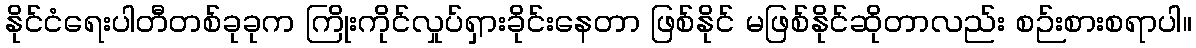
နိုင်ငံရေးပါတီတစ်ခုခုက ကြိုးကိုင်လှုပ်ရှားခိုင်းနေတာ ဖြစ်နိုင် မဖြစ်နိုင်ဆိုတာလည်း စဉ်းစားစရာပါ။